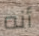
أنه